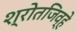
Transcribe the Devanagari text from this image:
श्रोतजिव्हे